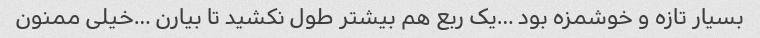
بسیار تازه و خوشمزه بود …یک ربع هم بیشتر طول نکشید تا بیارن …خیلی ممنون